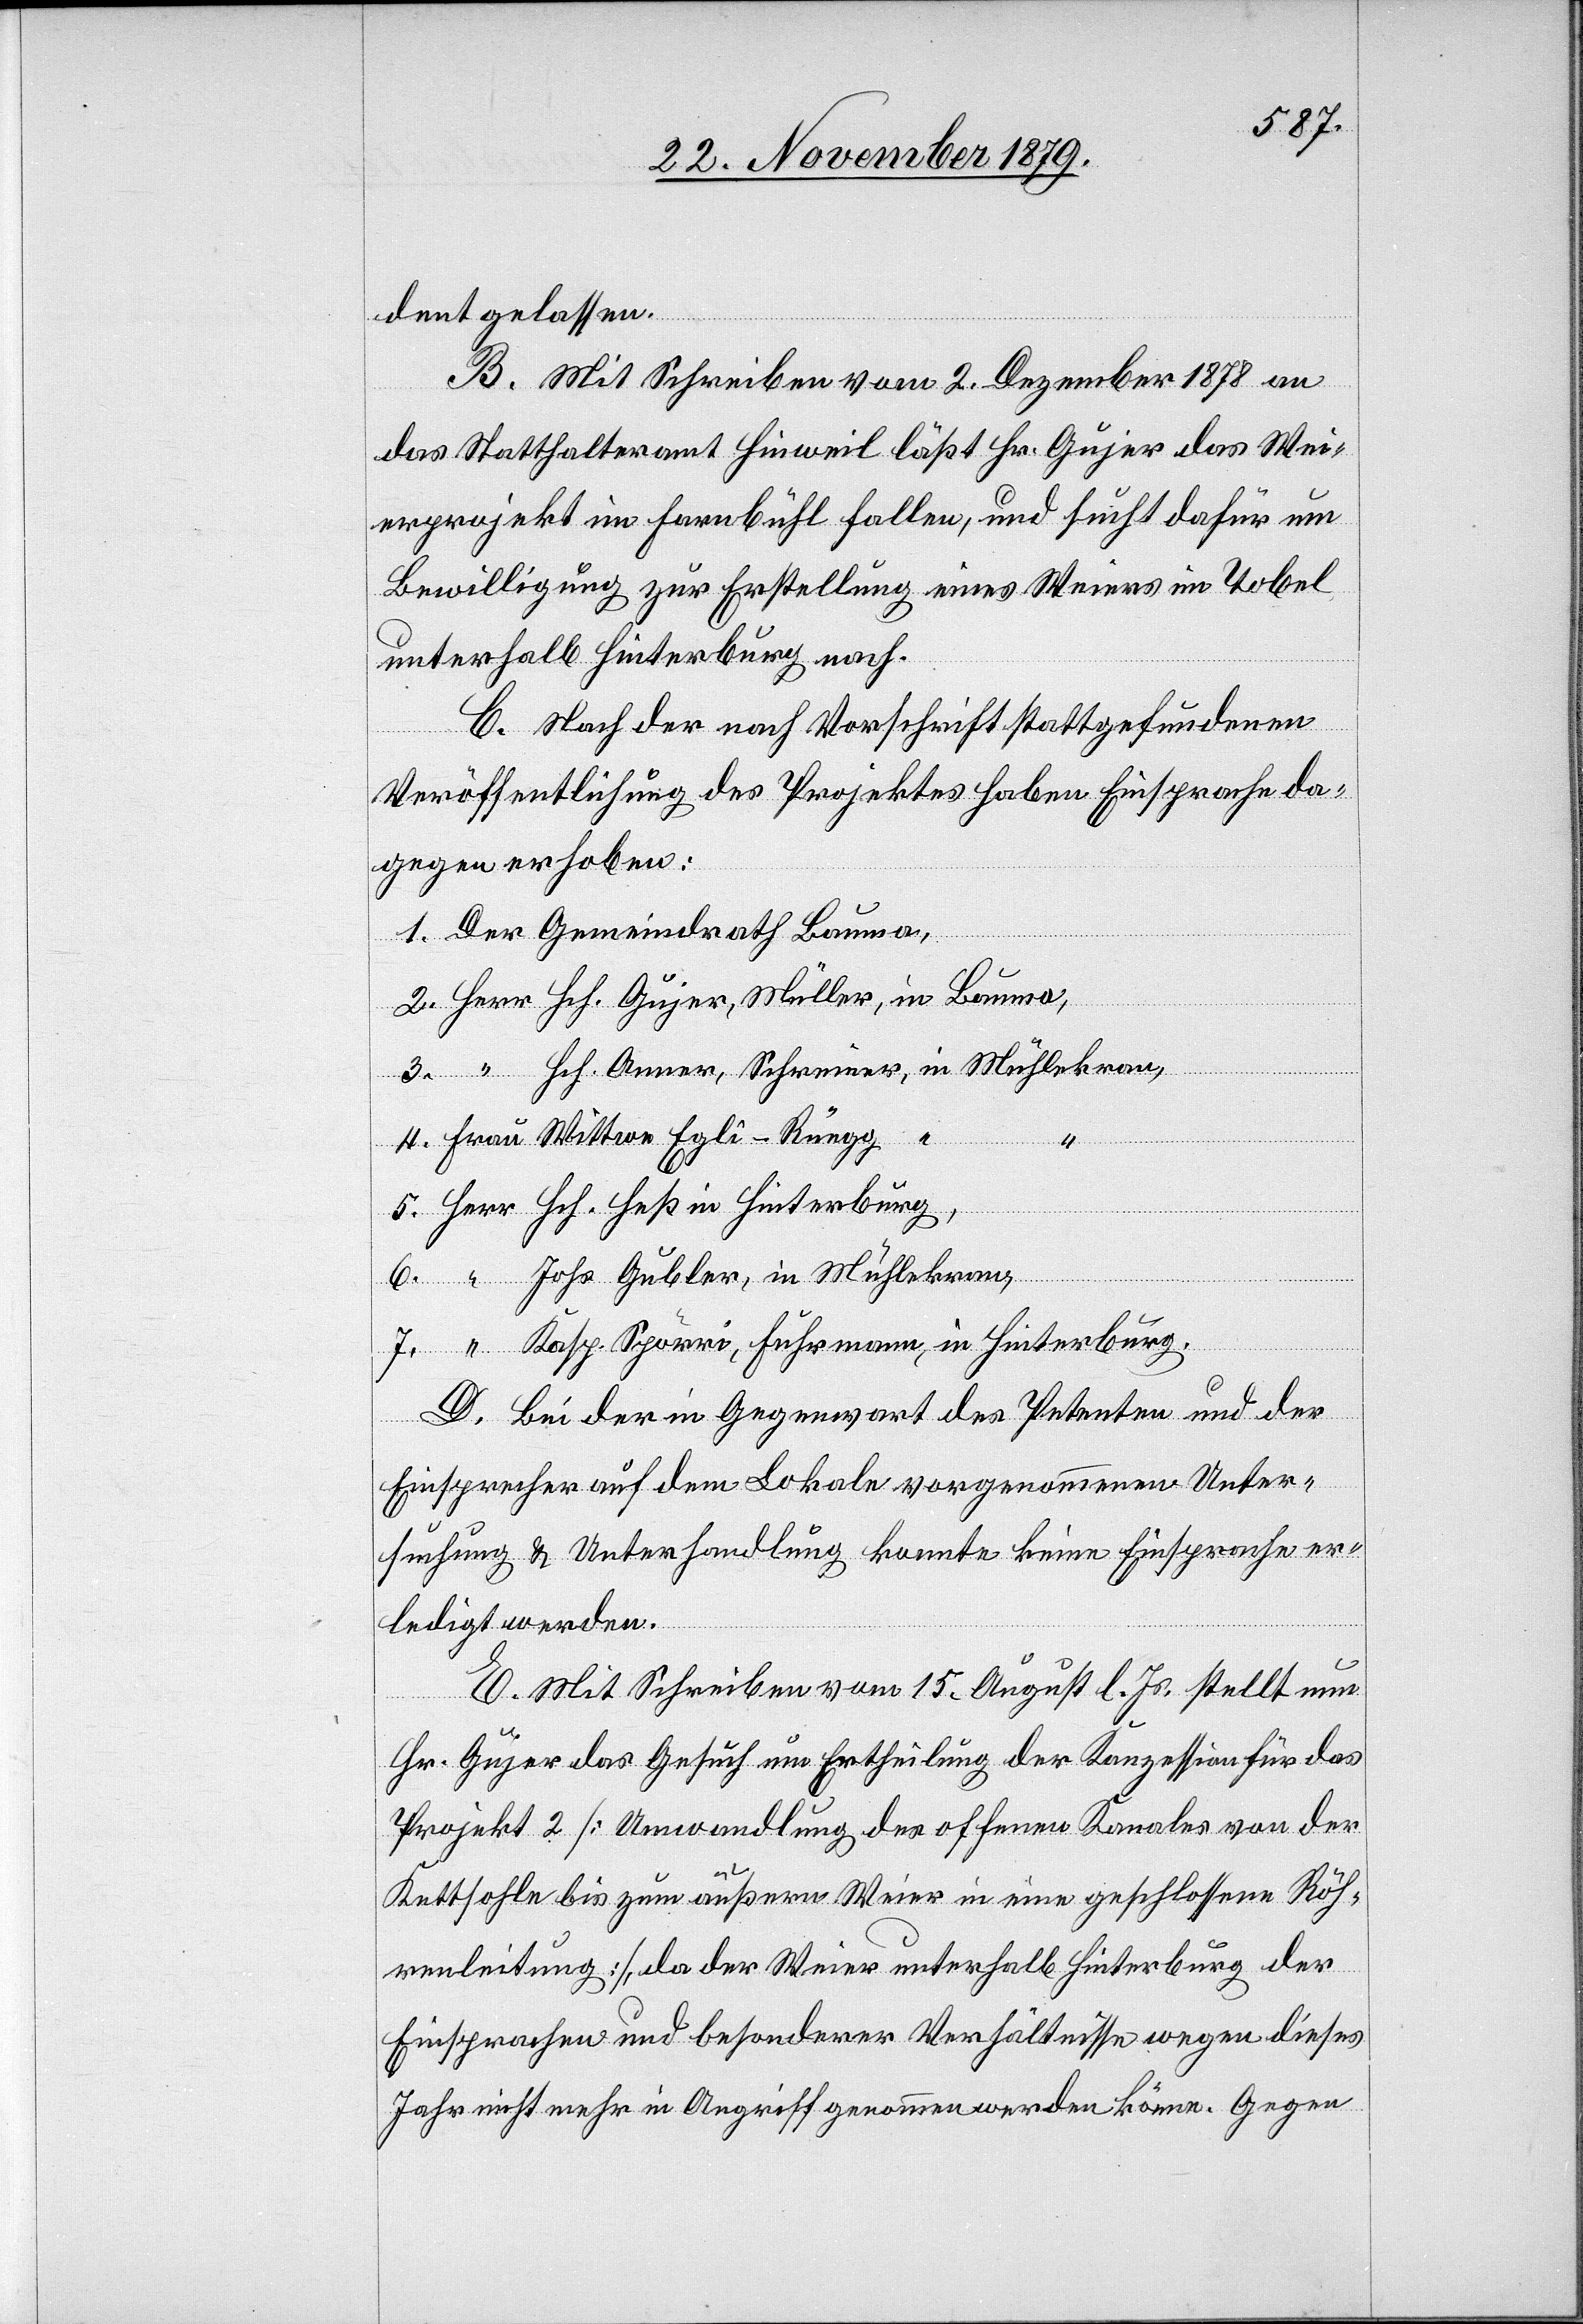
dent gelassen.
B. Mit Schreiben vom 2. Dezember 1878 an
das Statthalteramt Hinweil läßt Hr. Gujer das Wei¬
erprojekt im Farnbühl fallen, und sucht dafür um
Bewilligung zur Erstellung eines Weiers im Tobel
unterhalb Hinterburg nach.
C. Nach der nach Vorschrift stattgefundenen
Veröffentlichung des Projektes haben Einsprache da¬
gegen erhoben:
Der Gemeindrath Bauma
Frau Wittwe Egli-Rüegg,
in
6.
D. Mit Schreiben vom 15. August l. Js. stellt nun
Hrn. Gujer das Gesuch um Ertheilung der Konzession für das
Projekt 2 [Umwandlung des offenen Kanales von der
Kettsohle bis zum äußern Weier in eine geschlossene Röh¬
renleitung], da der Weier unterhalb Hinterburg der
Einsprachen und besonderen Verhältnisse wegen dieses
Jahr nicht mehr in Angriff genommen werden könne. Gegen

7.